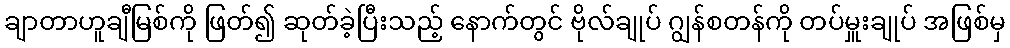
ချာတာဟူချီမြစ်ကို ဖြတ်၍ ဆုတ်ခဲ့ပြီးသည့် နောက်တွင် ဗိုလ်ချုပ် ဂျွန်စတန်ကို တပ်မှူးချုပ် အဖြစ်မှ